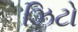
ઝિટો